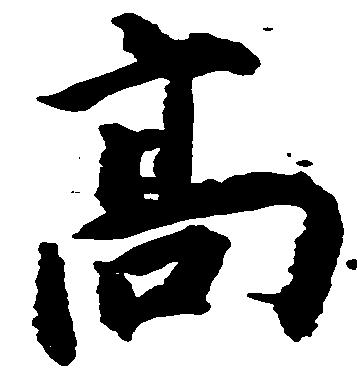
高